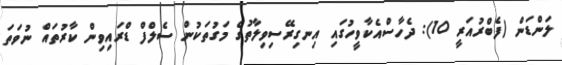
ލަންޑަން (ފެބްރުއަރީ 10): ދެހާސްއެކާވީހުގައި އިނގިރޭސިވިލާތުގެ މަގުތަކުން ސެލްފް ޑްރައިވިން ކާރުތައް ނުވަތަ